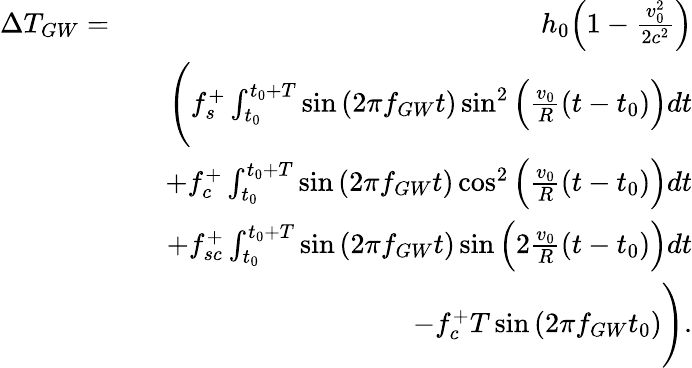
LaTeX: \begin{array}{rlr}{\Delta T_{GW}=}&{}&{h_{0}\Bigl(1-\frac{v_{0}^{2}}{2c^{2}}\Bigr)}\\ &{}&{\Biggl(f_{s}^{+}\int_{t_{0}}^{t_{0}+T}\sin{(2\pi f_{GW}t)}\sin^{2}{\Bigl(\frac{v_{0}}{R}(t-t_{0})\Bigr)}dt}\\ &{}&{+f_{c}^{+}\int_{t_{0}}^{t_{0}+T}\sin{(2\pi f_{GW}t)}\cos^{2}{\Bigl(\frac{v_{0}}{R}(t-t_{0})\Bigr)}dt}\\ &{}&{+f_{sc}^{+}\int_{t_{0}}^{t_{0}+T}\sin{(2\pi f_{GW}t)}\sin{\Bigl(2\frac{v_{0}}{R}(t-t_{0})\Bigr)}dt}\\ &{}&{-f_{c}^{+}T\sin{(2\pi f_{GW}t_{0})}\Biggr).}\end{array}